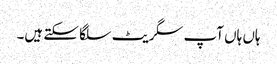
ہاں ہاں آپ سگریٹ سلگا سکتے ہیں۔